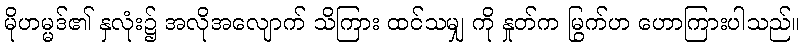
မိုဟမ္မဒ်၏ နှလုံး၌ အလိုအလျောက် သိကြား ထင်သမျှ ကို နှုတ်က မြွက်ဟ ဟောကြားပါသည်။